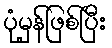
ပုံမှန်ဖြစ်ပြီး